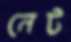
নেট